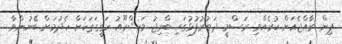
ޕިން ރާއްޖެއަަށް ކުރެއްވި ރަސްމީ ދަތުުރުފުޅުގައި ބްރިޖު މަޝްރޫއު ހަގީގަތަކަށް ހެދުމަށް ބޭނުންވާ